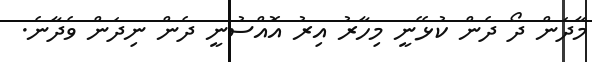
މާދަން ދޯ ދެން ކުޅޭނީ މިހާރު އިރު އޮއްސުނީ ދެން ނިދަން ވެދާނެ.